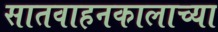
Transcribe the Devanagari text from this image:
सातवाहनकालाच्या